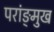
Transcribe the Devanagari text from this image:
परांङ्‌मुख